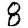
Digit: 8